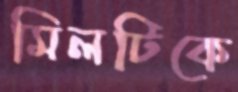
মিলটিকে